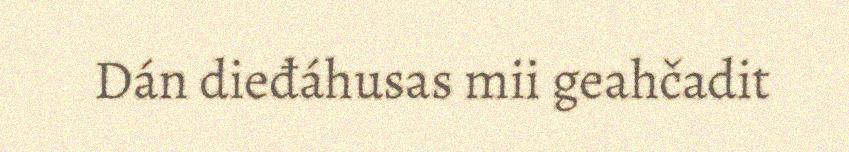
Dán dieđáhusas mii geahčadit